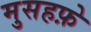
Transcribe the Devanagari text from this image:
मुसहफ़े